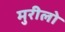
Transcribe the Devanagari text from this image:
मुरीलो